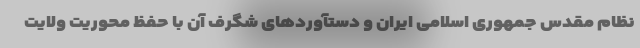
نظام مقدس جمهوری اسلامی ایران و دستآوردهای شگرف آن با حفظ محوریت ولایت